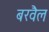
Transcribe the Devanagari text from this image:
बरवैल